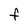
Character: F